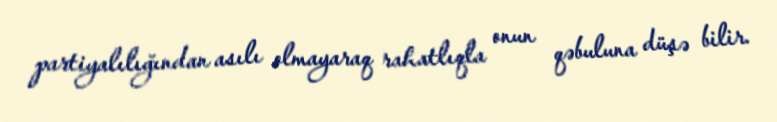
partiyalılığından asılı olmayaraq rahatlıqla onun qəbuluna düşə bilir.